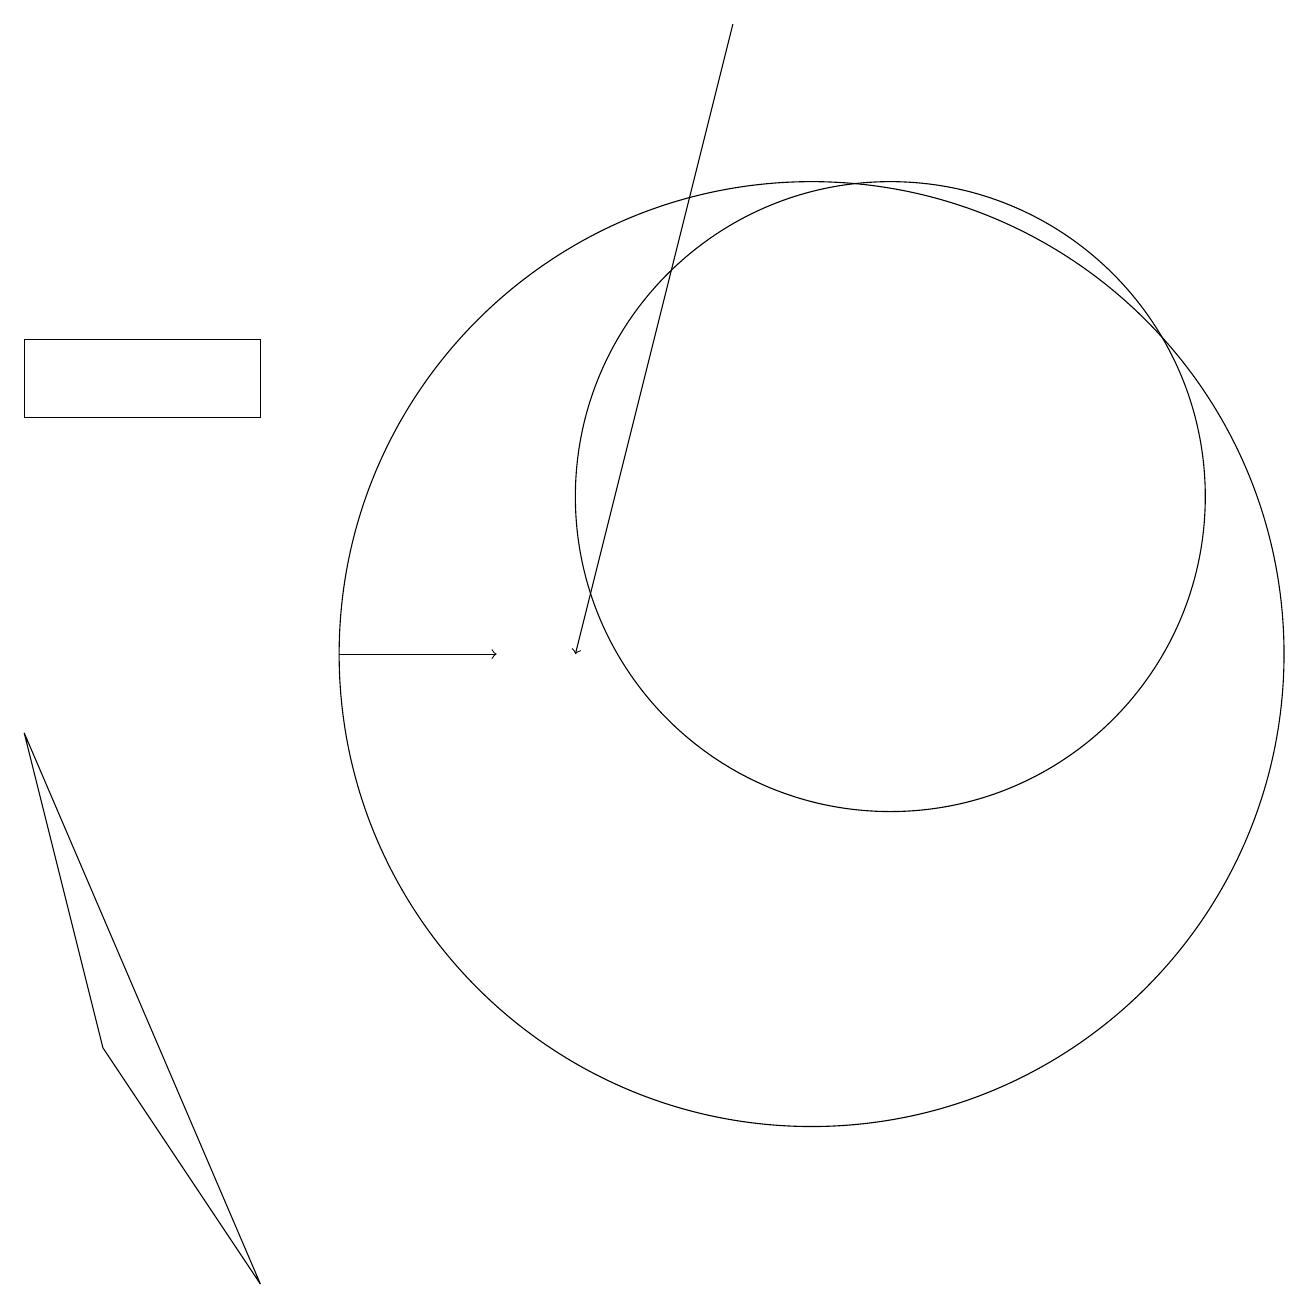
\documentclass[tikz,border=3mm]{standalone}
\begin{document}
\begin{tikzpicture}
\draw (10,10) circle (6);
\draw[->] (9,18) -- (7,10);
\draw[->] (4,10) -- (6,10);
\draw (1,5) -- (3,2) -- (0,9) -- cycle;
\draw (0,13) rectangle (3,14);
\draw (11,12) circle (4);
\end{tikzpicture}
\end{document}